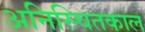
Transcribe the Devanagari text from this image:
अनिस्चितकाल